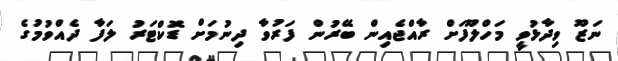
ނަޒޫ ވިދާޅުވީ މަހްލޫފަށް ރާއްޖެއިން ބޭރުން ފަރުވާ ދިނުމަށް ޑޮކްޓަރު ލަފާ ދެއްވުމުގެ